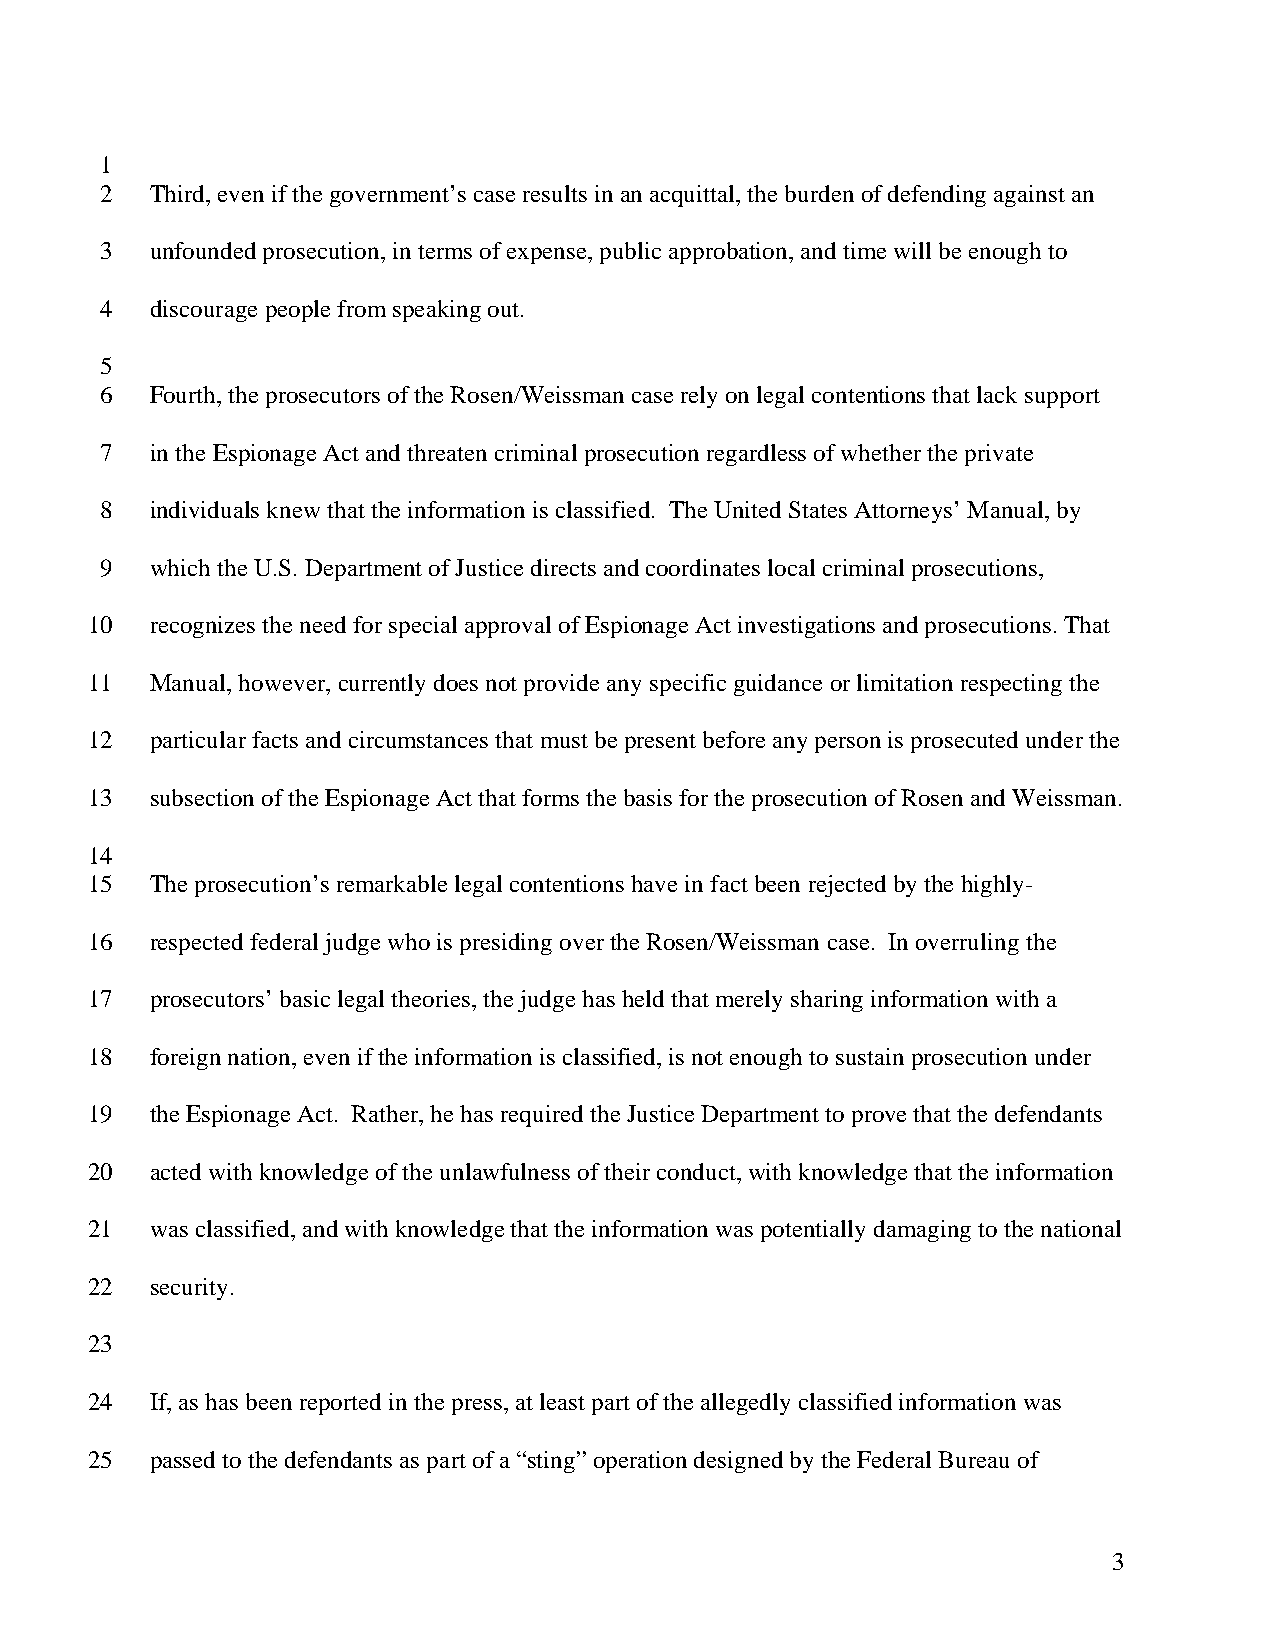
1
 2  Third, even if the government’s case results in an acquittal, the burden of defending against an
 3  unfounded prosecution, in terms of expense, public approbation, and time will be enough to
 4  discourage people from speaking out.
 5
 6  Fourth, the prosecutors of the Rosen/Weissman case rely on legal contentions that lack support
 7  in the Espionage Act and threaten criminal prosecution regardless of whether the private
 8  individuals knew that the information is classified. The United States Attorneys’ Manual, by
 9  which the U.S. Department of Justice directs and coordinates local criminal prosecutions,
 10  recognizes the need for special approval of Espionage Act investigations and prosecutions. That
 11  Manual, however, currently does not provide any specific guidance or limitation respecting the
 12  particular facts and circumstances that must be present before any person is prosecuted under the
 13  subsection of the Espionage Act that forms the basis for the prosecution of Rosen and Weissman.
 14
 15  The prosecution’s remarkable legal contentions have in fact been rejected by the highly-
 16  respected federal judge who is presiding over the Rosen/Weissman case. In overruling the
 17  prosecutors’ basic legal theories, the judge has held that merely sharing information with a
 18  foreign nation, even if the information is classified, is not enough to sustain prosecution under
 19  the Espionage Act. Rather, he has required the Justice Department to prove that the defendants
 20  acted with knowledge of the unlawfulness of their conduct, with knowledge that the information
 21  was classified, and with knowledge that the information was potentially damaging to the national
 22  security.
 23
 24  If, as has been reported in the press, at least part of the allegedly classified information was
 25  passed to the defendants as part of a “sting” operation designed by the Federal Bureau of
 3